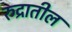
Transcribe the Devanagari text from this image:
रुद्रातील